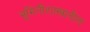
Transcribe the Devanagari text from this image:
भूमितीशास्त्रातील